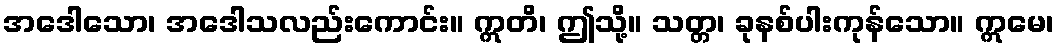
အဒေါသော၊ အဒေါသလည်းကောင်း။ ဣတိ၊ ဤသို့။ သတ္တ၊ ခုနစ်ပါးကုန်သော။ ဣမေ၊